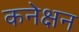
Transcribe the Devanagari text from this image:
कनेक्षन